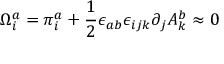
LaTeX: \Omega _ { i } ^ { a } = \pi _ { i } ^ { a } + \frac { 1 } { 2 } \epsilon _ { a b } \epsilon _ { i j k } \partial _ { j } A _ { k } ^ { b } \approx 0